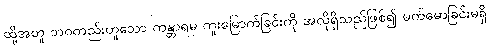
ထို့အတူ ဘဝတည်းဟူသော ကန္တာရမှ ကူးမြောက်ခြင်းကို အလိုရှိသည်ဖြစ်၍ မက်မောခြင်းမရှိ